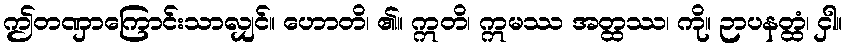
ဤတဏှာကြောင်းသာလျှင်။ ဟောတိ၊ ၏။ ဣတိ၊ ဣမဿ အတ္ထဿ၊ ကို။ ဉာပနတ္ထံ၊ ငှါ။